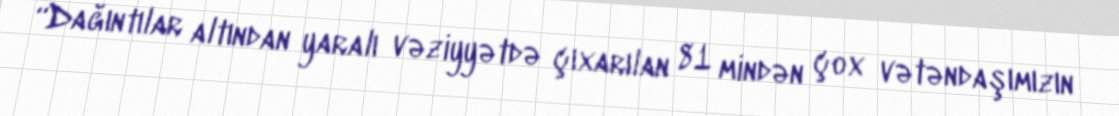
“Dağıntılar altından yaralı vəziyyətdə çıxarılan 81 mindən çox vətəndaşımızın